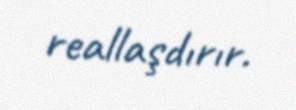
reallaşdırır.